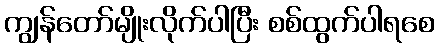
ကျွန်တော်မျိုးလိုက်ပါပြီး စစ်ထွက်ပါရစေ